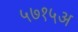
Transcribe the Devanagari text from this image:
५७१५अ